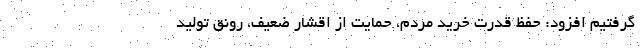
گرفتیم افزود: حفظ قدرت خرید مردم، حمایت از اقشار ضعیف، رونق تولید